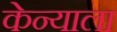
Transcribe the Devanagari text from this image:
केन्याला